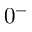
0 ^ { - }